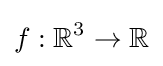
f:\mathbb {R} ^{3}\rightarrow \mathbb {R}